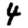
Digit: 4